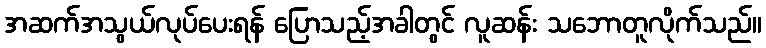
အဆက်အသွယ်လုပ်ပေးရန် ပြောသည့်အခါတွင် လူဆန်း သဘောတူလိုက်သည်။